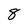
Character: 8